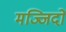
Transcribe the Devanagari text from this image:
मज्जिदों